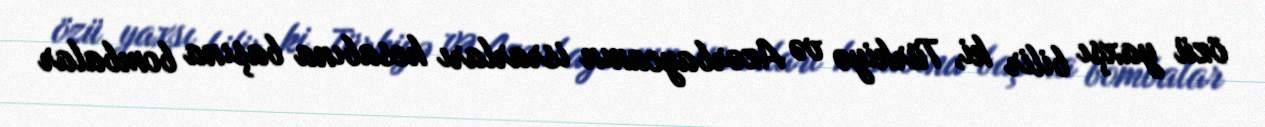
özü yaxşı bilir ki, Türkiyə və Azərbaycanın israrları hesabına başına bombalar